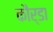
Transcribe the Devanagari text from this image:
कौर्डा